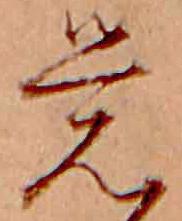
覚